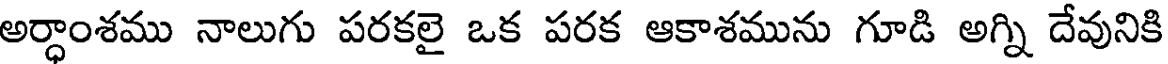
అర్ధాంశము నాలుగు పరకలై ఒక పరక ఆకాశమును గూడి అగ్ని దేవునికి